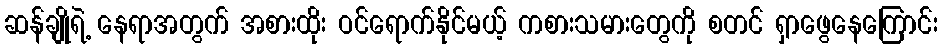
ဆန်ချိုရဲ့ နေရာအတွက် အစားထိုး ဝင်ရောက်နိုင်မယ့် ကစားသမားတွေကို စတင် ရှာဖွေနေကြောင်း